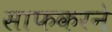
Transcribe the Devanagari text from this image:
साफकरने